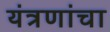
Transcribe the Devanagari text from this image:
यंत्रणांचा